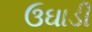
ઉઘાડી